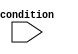
module if_else_statement (
    input wire condition,
    // other input and output ports here
);

// Declaration of signals

// Module implementation
always @(*) begin
    if (~condition) begin
        // Statements to be executed if condition is false
        // For example:
        // assign output = 1'b0;
    end else begin
        // Statements to be executed if condition is true
        // For example:
        // assign output = 1'b1;
    end
end

endmodule